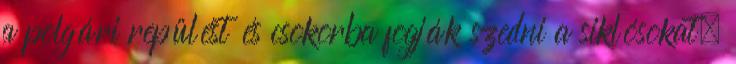
a polgári repülést és csokorba fogják szedni a siklósokat.